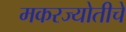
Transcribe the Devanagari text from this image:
मकरज्योतीचे